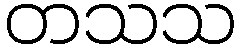
တသသ